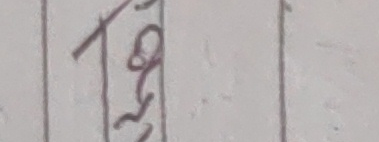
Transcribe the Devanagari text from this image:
तर